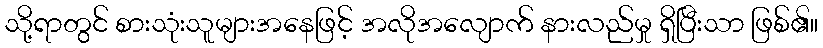
သို့ရာတွင် စားသုံးသူများအနေဖြင့် အလိုအလျောက် နားလည်မှု ရှိပြီးသာ ဖြစ်၏။